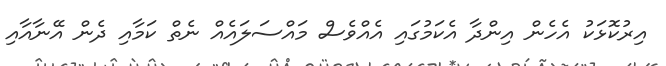
އިރުކޮޅަކު އެހެން އިންދާ އެކަމުގައި އެއްވެސް މައްސަލައެއް ނެތް ކަމާއި ދެން އޭނާއާއި